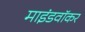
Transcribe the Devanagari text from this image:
माइंडवॉकर